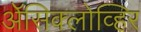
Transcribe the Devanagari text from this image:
ॲेसिक्लोव्हिर